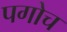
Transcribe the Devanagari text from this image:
पगोच